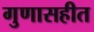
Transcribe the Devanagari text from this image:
गुणासहीत